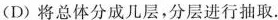
(D)将总体分成几层，分层进行抽取.